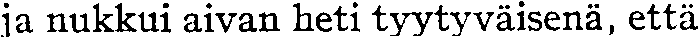
ja nukkui aivan heti tyytyväisenä, että